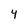
Character: 4